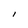
Character: I